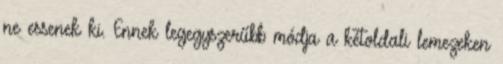
ne essenek ki. Ennek legegyszerűbb módja a kétoldali lemezeken